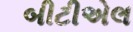
બીટીએલ